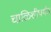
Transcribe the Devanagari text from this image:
चाळिशीपर्यंत